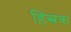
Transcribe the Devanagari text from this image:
हिंस्त्रक